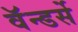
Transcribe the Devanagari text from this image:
वॅन्डर्से